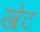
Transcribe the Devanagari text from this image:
खेट